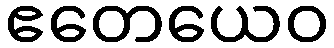
ဧတေယေဝ